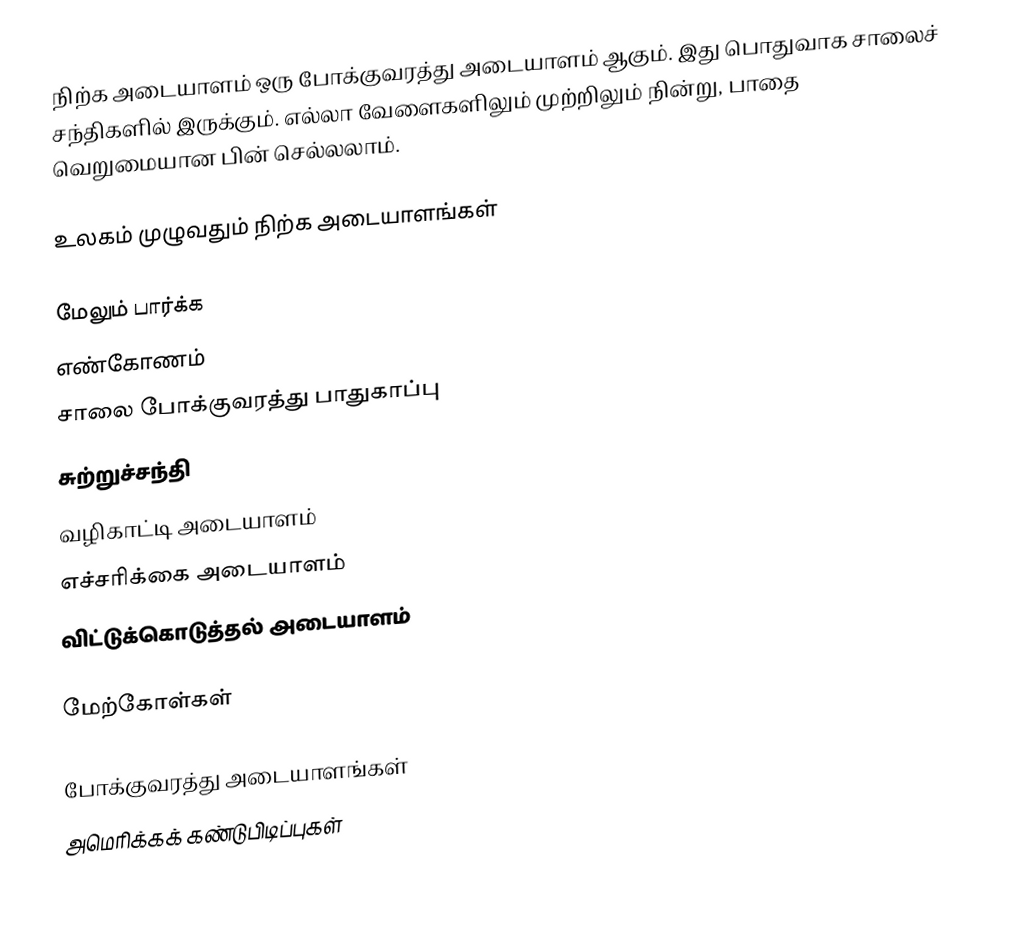
நிற்க அடையாளம் ஒரு போக்குவரத்து அடையாளம் ஆகும். இது பொதுவாக சாலைச் சந்திகளில் இருக்கும். எல்லா வேளைகளிலும் முற்றிலும் நின்று, பாதை வெறுமையான பின் செல்லலாம்.

உலகம் முழுவதும் நிற்க அடையாளங்கள்

மேலும் பார்க்க
 எண்கோணம்
 சாலை போக்குவரத்து பாதுகாப்பு
 சுற்றுச்சந்தி
 வழிகாட்டி அடையாளம்
 எச்சரிக்கை அடையாளம்
 விட்டுக்கொடுத்தல் அடையாளம்

மேற்கோள்கள்

போக்குவரத்து அடையாளங்கள்
அமெரிக்கக் கண்டுபிடிப்புகள்